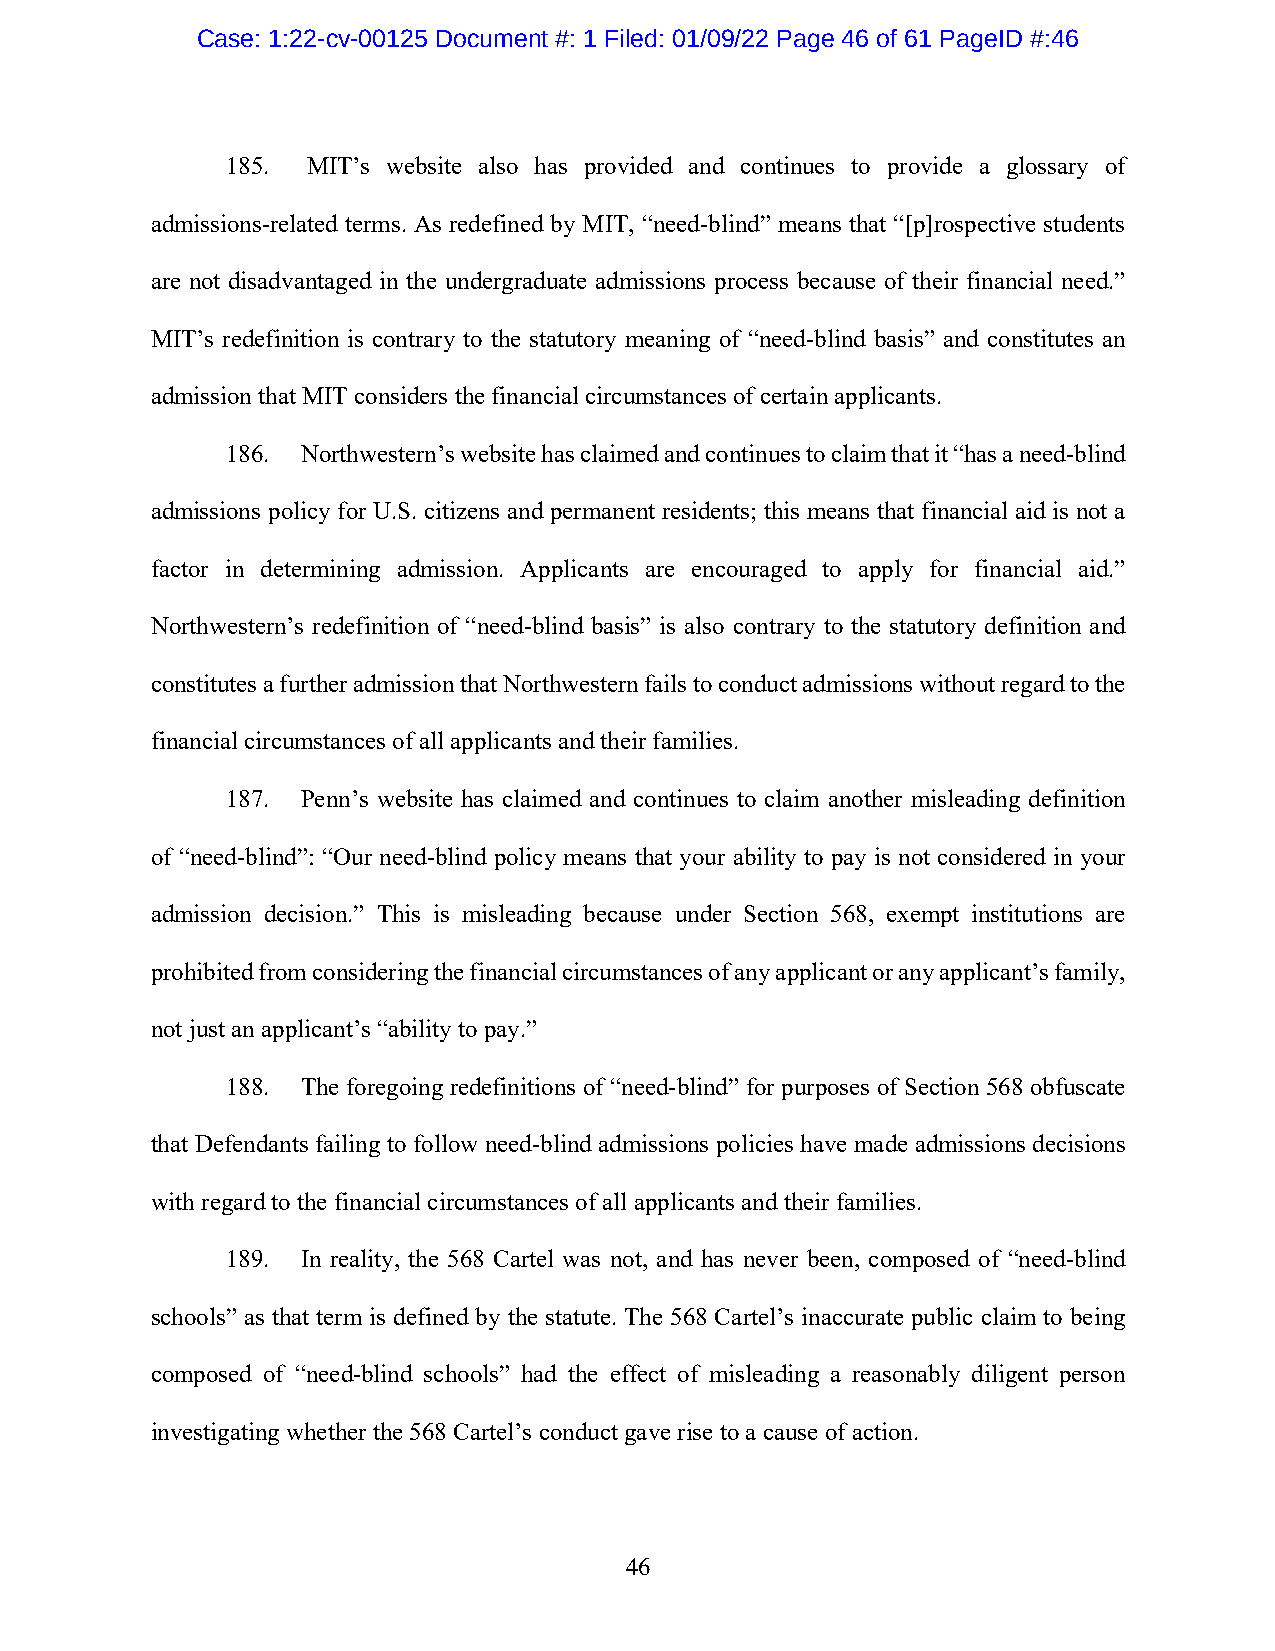
Case: 1:22-cv-00125 Document #: 1 Filed: 01/09/22 Page 46 of 61 PageID #:46
 185. MIT’s website also has provided and continues to provide a glossary of
 admissions-related terms. As redefined by MIT, “need-blind” means that “[p]rospective students
 are not disadvantaged in the undergraduate admissions process because of their financial need.”
 MIT’s redefinition is contrary to the statutory meaning of “need-blind basis” and constitutes an
 admission that MIT considers the financial circumstances of certain applicants.
 186. Northwestern’s website has claimed and continues to claim that it “has a need-blind
 admissions policy for U.S. citizens and permanent residents; this means that financial aid is not a
 factor in determining admission. Applicants are encouraged to apply for financial aid.”
 Northwestern’s redefinition of “need-blind basis” is also contrary to the statutory definition and
 constitutes a further admission that Northwestern fails to conduct admissions without regard to the
 financial circumstances of all applicants and their families.
 187. Penn’s website has claimed and continues to claim another misleading definition
 of “need-blind”: “Our need-blind policy means that your ability to pay is not considered in your
 admission decision.” This is misleading because under Section 568, exempt institutions are
 prohibited from considering the financial circumstances of any applicant or any applicant’s family,
 not just an applicant’s “ability to pay.”
 188. The foregoing redefinitions of “need-blind” for purposes of Section 568 obfuscate
 that Defendants failing to follow need-blind admissions policies have made admissions decisions
 with regard to the financial circumstances of all applicants and their families.
 189. In reality, the 568 Cartel was not, and has never been, composed of “need-blind
 schools” as that term is defined by the statute. The 568 Cartel’s inaccurate public claim to being
 composed of “need-blind schools” had the effect of misleading a reasonably diligent person
 investigating whether the 568 Cartel’s conduct gave rise to a cause of action.
 46